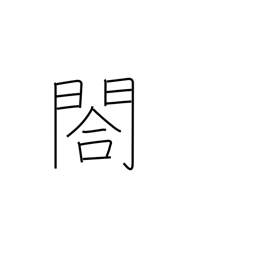
Meaning: small side gate